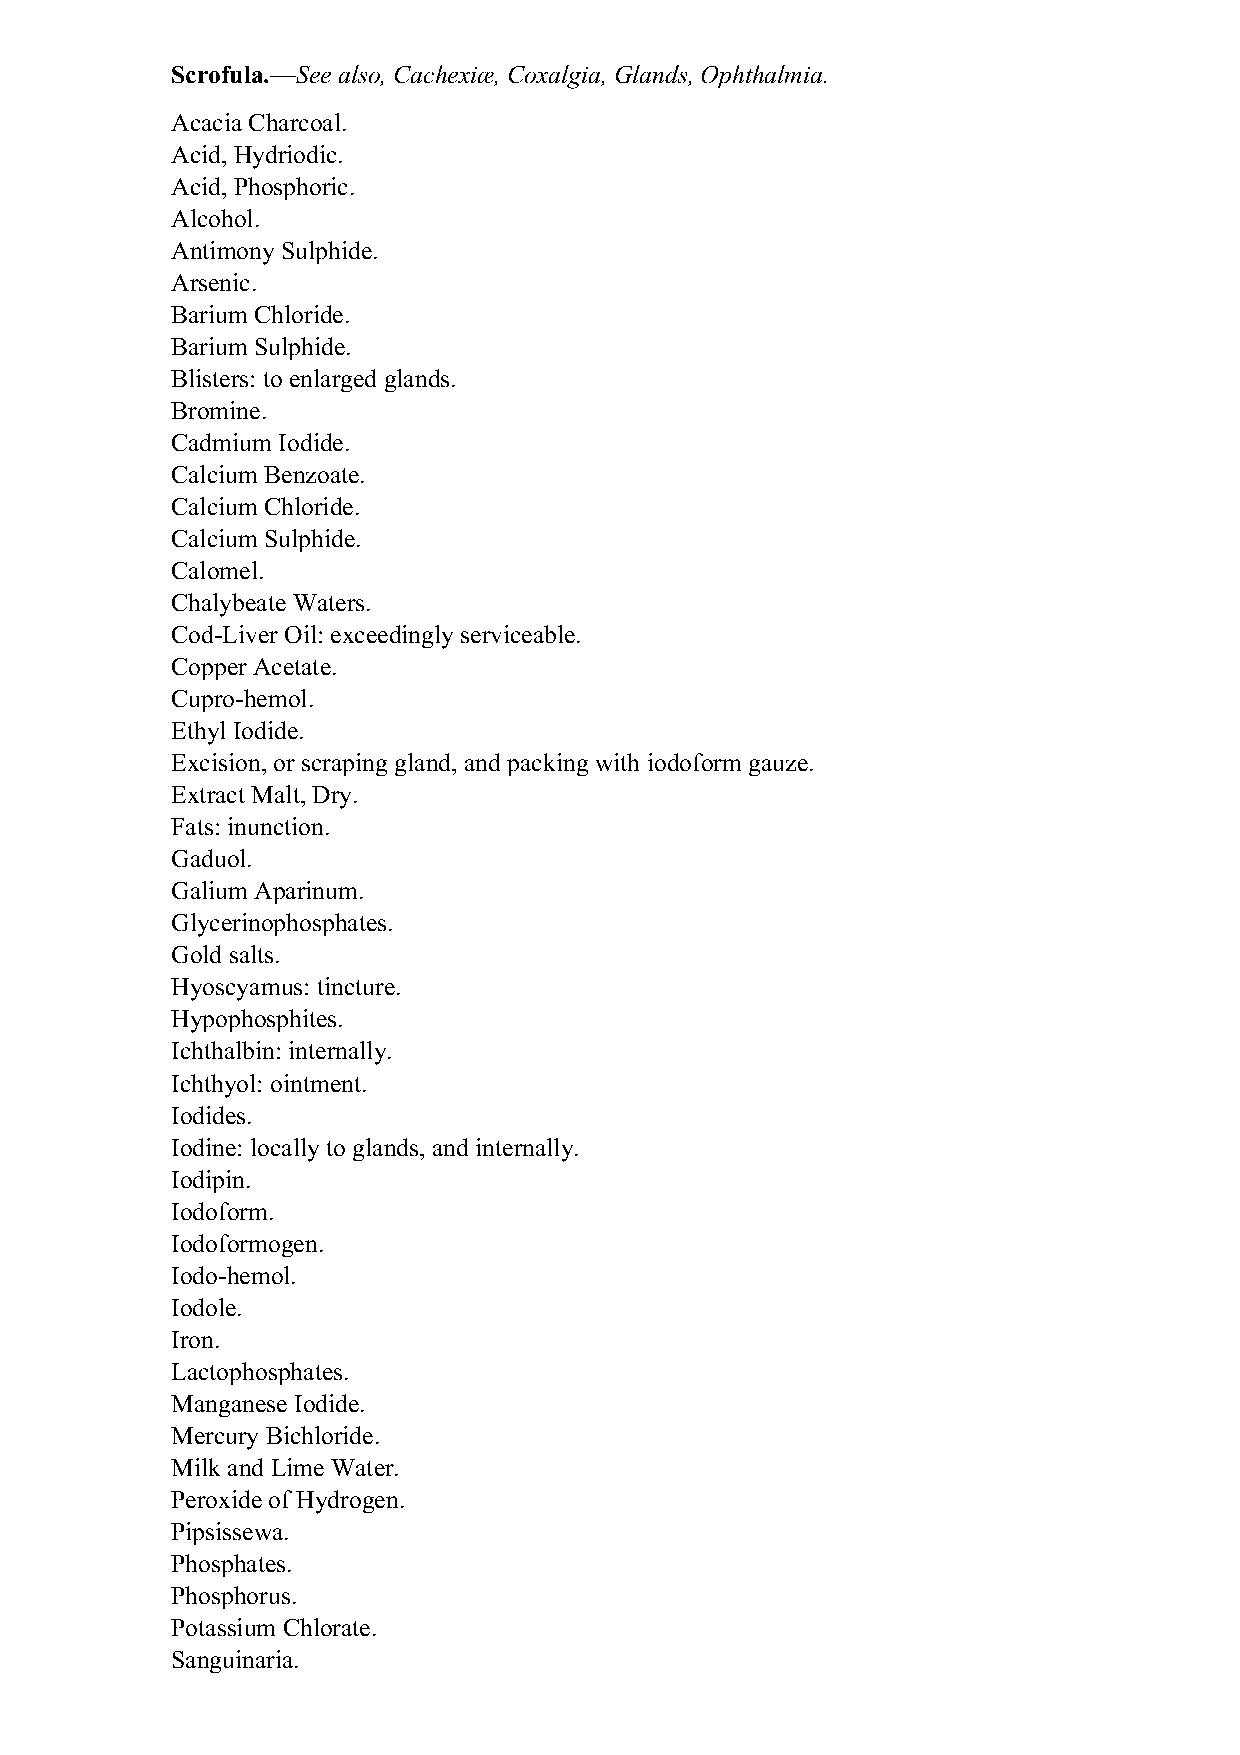
Scrofula.—See also, Cachexiæ, Coxalgia, Glands, Ophthalmia.
 Acacia Charcoal.
 Acid, Hydriodic.
 Acid, Phosphoric.
 Alcohol.
 Antimony Sulphide.
 Arsenic.
 Barium Chloride.
 Barium Sulphide.
 Blisters: to enlarged glands.
 Bromine.
 Cadmium Iodide.
 Calcium Benzoate.
 Calcium Chloride.
 Calcium Sulphide.
 Calomel.
 Chalybeate Waters.
 Cod-Liver Oil: exceedingly serviceable.
 Copper Acetate.
 Cupro-hemol.
 Ethyl Iodide.
 Excision, or scraping gland, and packing with iodoform gauze.
 Extract Malt, Dry.
 Fats: inunction.
 Gaduol.
 Galium Aparinum.
 Glycerinophosphates.
 Gold salts.
 Hyoscyamus: tincture.
 Hypophosphites.
 Ichthalbin: internally.
 Ichthyol: ointment.
 Iodides.
 Iodine: locally to glands, and internally.
 Iodipin.
 Iodoform.
 Iodoformogen.
 Iodo-hemol.
 Iodole.
 Iron.
 Lactophosphates.
 Manganese Iodide.
 Mercury Bichloride.
 Milk and Lime Water.
 Peroxide of Hydrogen.
 Pipsissewa.
 Phosphates.
 Phosphorus.
 Potassium Chlorate.
 Sanguinaria.